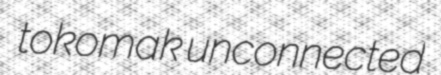
tokomak unconnected